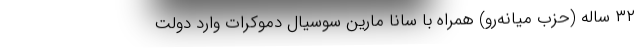
۳۲ ساله (حزب میانه‌رو) همراه با سانا مارین سوسیال دموکرات وارد دولت